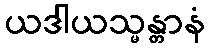
ယဒါယသ္မန္တာနံ